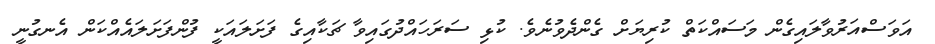
އަވަސްއަރުވާލައިގެން މަސައްކަތް ކުރިޔަށް ގެންދެވުނެވެ. ކުޅި ސަރަހައްދުގައިވާ ޗަކާއިގެ ފަށަލައަކީ ފުންފަށަލައެއްކަން އެނގުނީ